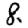
Digit: 8